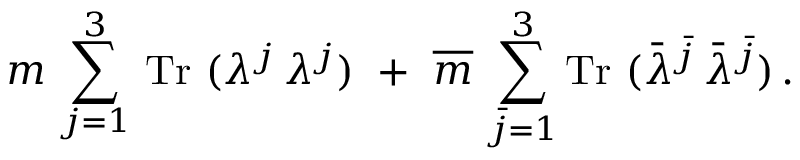
m \, \sum _ { j = 1 } ^ { 3 } \, \mathrm { T r } ~ ( \lambda ^ { j } \, \lambda ^ { j } ) ~ + ~ \overline { { m } } \, \sum _ { \bar { j } = 1 } ^ { 3 } \mathrm { T r } ~ ( \bar { \lambda } ^ { \bar { j } } \, \bar { \lambda } ^ { \bar { j } } ) \, .